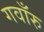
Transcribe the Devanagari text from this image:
गवाँरु